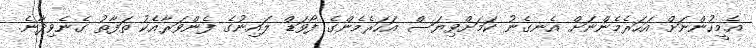
އެމީހުންނަށް އަހަރެމެންނަށް އެނގެނު ކަމަށްވިޔަސް އަހަރެމެންގެ ފޯވަޑް ލައިނުގެ ފެންވަރާއެކު ތަފާތު ގެނެވިދާނެ.